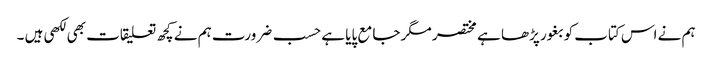
ہم نے اس کتاب کو بغور پڑھا ہے مختصر مگر جامع پایا ہے حسب ضرورت ہم نے کچھ تعلیقات بھی لکھی ہیں ۔